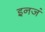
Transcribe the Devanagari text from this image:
इनजं